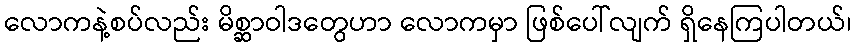
လောကနဲ့စပ်လည်း မိစ္ဆာဝါဒတွေဟာ လောကမှာ ဖြစ်ပေါ်လျက် ရှိနေကြပါတယ်၊